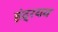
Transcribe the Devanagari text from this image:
इंद्रयव